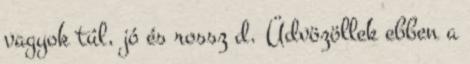
vagyok túl, jó és rossz d. Üdvözöllek ebben a